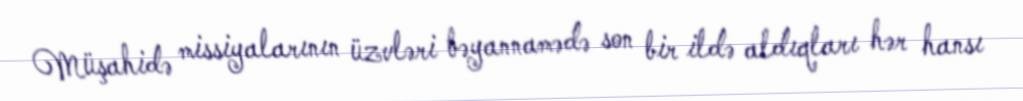
Müşahidə missiyalarının üzvləri bəyannamədə son bir ildə aldıqları hər hansı